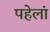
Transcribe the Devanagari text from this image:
पहेलां